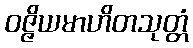
ဝဇ္ဇိယမာဟိတသုတ္တံ